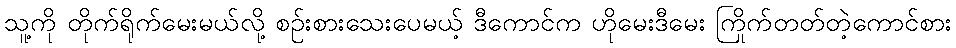
သူ့ကို တိုက်ရိုက်မေးမယ်လို့ စဉ်းစားသေးပေမယ့် ဒီကောင်က ဟိုမေးဒီမေး ကြိုက်တတ်တဲ့ကောင်စား